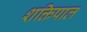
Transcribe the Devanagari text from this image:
शक्तिपाल